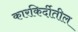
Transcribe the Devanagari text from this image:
कारकिर्दीतील